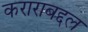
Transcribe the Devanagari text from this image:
कराराबद्दल